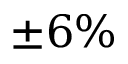
\pm 6 \%